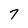
Character: 7